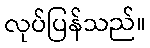
လုပ်ပြန်သည်။